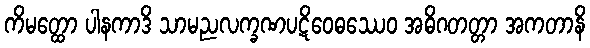
ကိမတ္ထော ပါနကာဒိ သာမညလက္ခဏပဋိဝေဓဿေဝ အဓိဂတတ္တာ အကတာနိ